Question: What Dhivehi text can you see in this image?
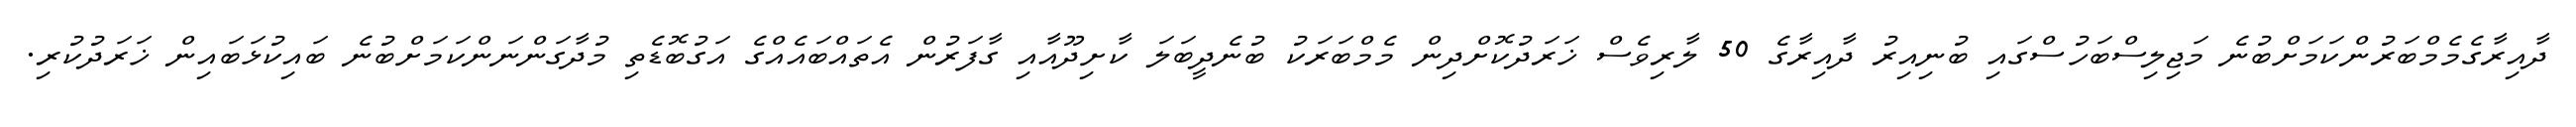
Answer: ދާއިރާގެމެމްބަރުންކަމަށްބުނެ މަޖިލިސްބަހުސްގައި ބުނިއިރު ދާއިރާގެ 50 ލާރިވެސް ޚަރަދުކޮށްދިން މެމްބަރަކު ބުނެދީބަލަ ކާށިދޫއާއި ގާފަރުން އެތައްބައެއްގެ އަގުބޮޑެތި މުދާގަންނަންކަމަށްބުނެ ބައިކުޅަބައިން ޚަރަދުކުރި.